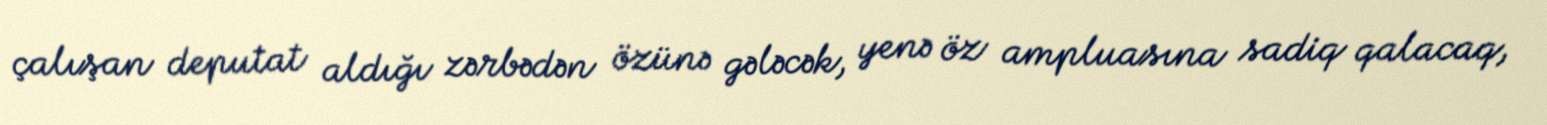
çalışan deputat aldığı zərbədən özünə gələcək, yenə öz ampluasına sadiq qalacaq,